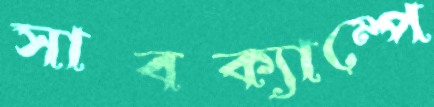
সাবক্যাম্পে